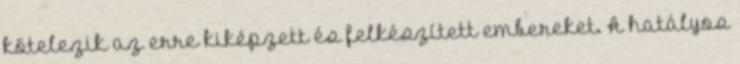
kötelezik az erre kiképzett és felkészített embereket. A hatályos